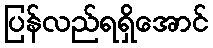
ပြန်လည်ရရှိအောင်